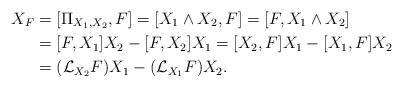
LaTeX: \begin{align*}X_{F}&=[\Pi_{X_1,X_2},F]=[X_1\wedge X_2 ,F]=[F,X_1\wedge X_2]\\&=[F,X_1]X_2 - [F,X_2]X_1 = [X_2, F]X_1 - [X_1,F]X_2\\&=(\mathcal{L}_{X_2}F)X_1 - (\mathcal{L}_{X_1}F)X_2.\end{align*}